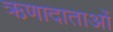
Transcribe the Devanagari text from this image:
ऋणादाताओं